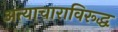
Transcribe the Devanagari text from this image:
अत्याचाराविरूद्ध